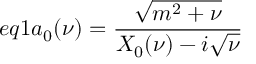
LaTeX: e q 1 a _ { 0 } ( \nu ) = \frac { \sqrt { m ^ { 2 } + \nu } } { X _ { 0 } ( \nu ) - i \sqrt { \nu } }